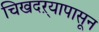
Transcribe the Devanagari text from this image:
चिखदऱ्यापासून